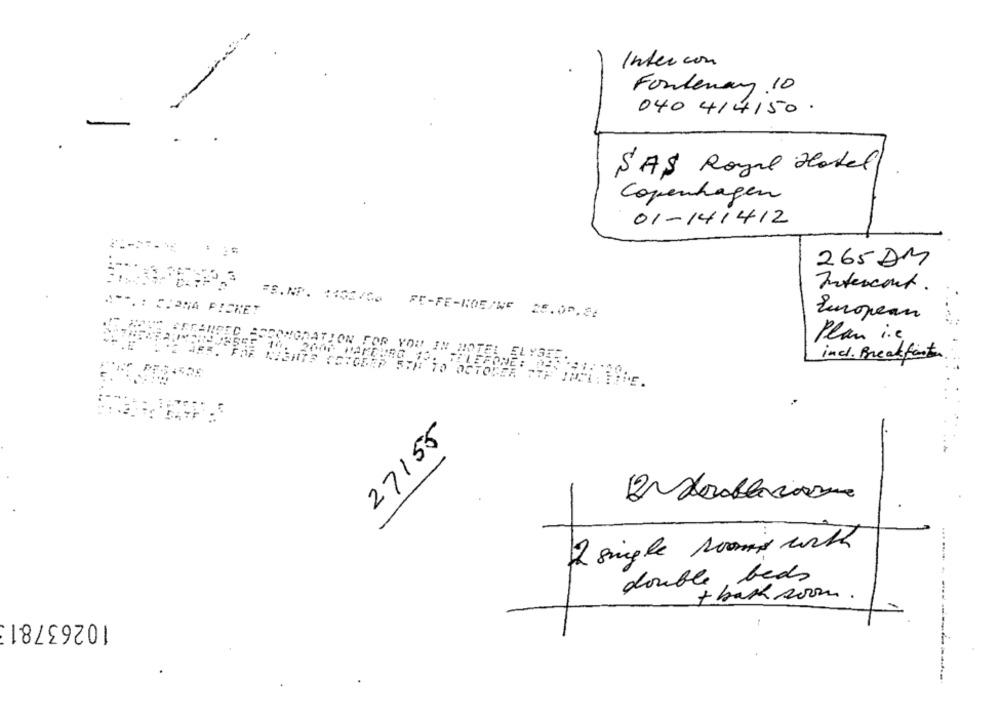
Intercon
Fontenay 10
040 414150 .
SAS Royal Hotel
Copenhagen
01-141412
265 AM
Intercont.
A **. : CIONA PICKET
FE.NO. 1152/00 FE-FE-ROE/NF 25.00.82
European
Plan i.c.
incl. Breakfast
FCSOWGRATION FOR YOU IN HOTEL ELYSEE ..
27155
...
2 single roomis with
double beds
+ back soon.
10263781